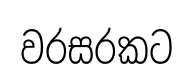
වරසරකට